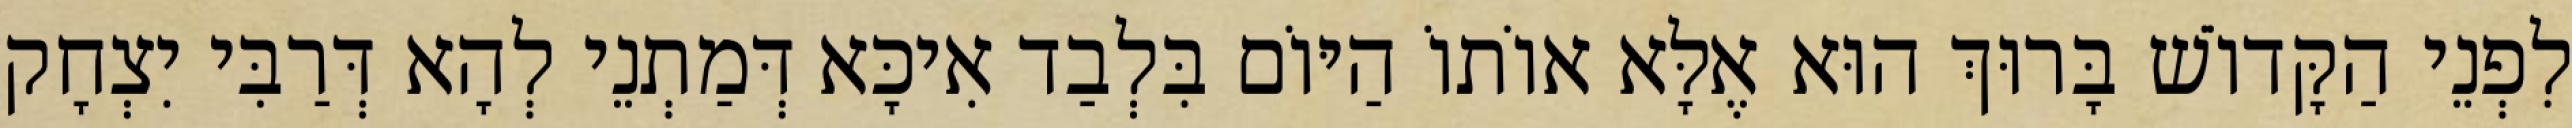
לִפְנֵי הַקָּדוֹשׁ בָּרוּךְ הוּא אֶלָּא אוֹתוֹ הַיּוֹם בִּלְבַד אִיכָּא דְּמַתְנֵי לְהָא דְּרַבִּי יִצְחָק